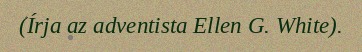
(Írja az adventista Ellen G. White).